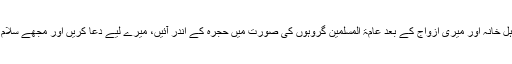
میرے اہل خانہ اور میری ازواج کے بعد عامۃ المسلمین گروہوں کی صورت میں حجرہ کے اندر آئیں، میرے لیے دعا کریں اور مجھے سلام بھیجیں۔